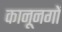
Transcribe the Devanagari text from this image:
कानूनगों